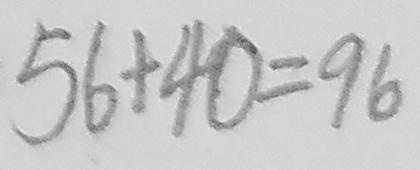
5 6 + 4 0 = 9 6